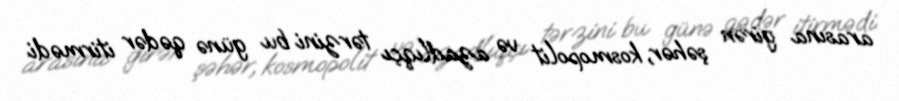
arasına girən şəhər, kosmopolit və azadlıqçı tərzini bu günə qədər itirmədi.